system: You are a helpful assistant.
user:
Analyze the provided spectrum to determine if it is a **M-type Giant (gM)**.

A M-type Giant spectrum is defined by its **strong molecular absorption** features, particularly from **Titanium Oxide (TiO)**. You must check for one of the following mutually exclusive signatures:

- **Key Visual Indicators (Absorption-Dominated Spectrum):**

    - **(Primary):** The spectrum is dominated by strong molecular absorption from **Titanium Oxide (TiO)**. This is the **defining feature** of its M-type temperature class.
        - **(Key Bandheads):** Look for sharp, "saw-tooth" absorption valleys. The strongest are located near **~7050 Å**, **~6160 Å**, and **~5170 Å**.
        - **(Line Profile):** The "saw-tooth" morphology is critical: a **sharp, steep drop on the BLUE (short-wavelength) side** of the bandhead, followed by a gradual recovery (rising flux) towards the RED (long-wavelength) side.

    - **(Key Confirmation - Giant vs. Dwarf):** **ABSENCE** of strong **Calcium Hydride (CaH)** molecular bands. This is the primary diagnostic for *excluding* M-dwarfs.
        - **(Key Region):** The spectrum should lack the strong, broad absorption band seen in dwarfs between **~6800 Å and ~7000 Å**.

    - **(Secondary Confirmation - Giant):** A very strong and broad **Neutral Calcium (Ca I)** atomic absorption line.
        - **(Key Line):** Located at **~4226 Å**. In a giant (gM), this line is significantly deeper and broader than the same line in an M-dwarf (dM) due to low surface gravity.

    - **(Overall Spectrum):**
        - The continuum is **extremely red-sloping** (i.e., flux is very low in the blue and rises dramatically towards the red).
        - The entire spectrum appears "chopped up" by the deep TiO bands.

Think first, call **spectral_visualization_tool** if needed to examine features in detail, then provide your final answer. Your response must adhere to the following strict rules:
1.  **Overall Structure:** Your response must follow the format `<think>...</think> <tool_call>...</tool_call> (if a tool is used) <answer>...</answer>`.
2.  **Tool Usage Constraint:** You may only make **one** tool call per turn.
3.  **Final Answer Format:** In the `<answer>` tag, your conclusion must be inside a `\boxed{}` command (e.g., `\boxed{YES}` or `\boxed{NO}`), followed by your justification.

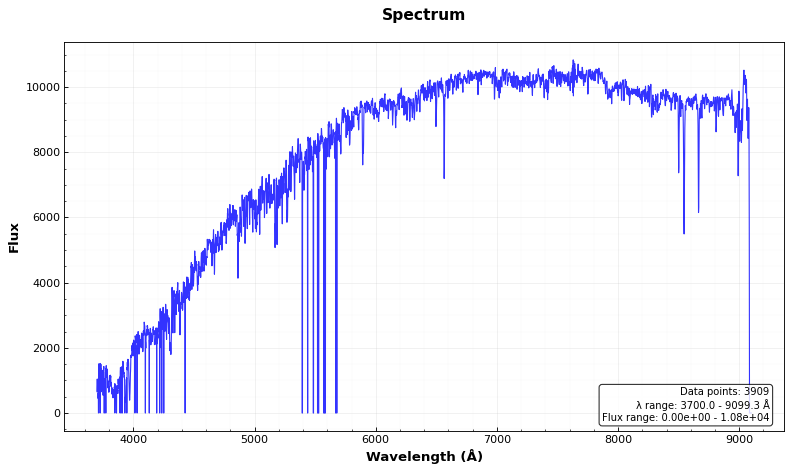
Answer: NO